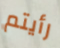
رأيتم